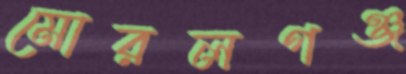
মোরলগঞ্জ